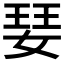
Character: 𭒁